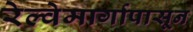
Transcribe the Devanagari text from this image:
रेल्वेमार्गापासून